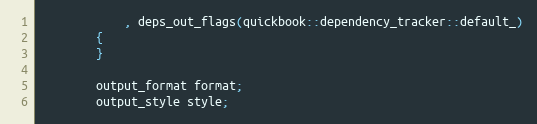
Language: C++
            , deps_out_flags(quickbook::dependency_tracker::default_)
        {
        }

        output_format format;
        output_style style;